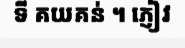
ទី គយគន់ ។ ភ្ញៀវ